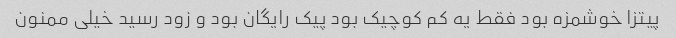
پیتزا خوشمزه بود فقط یه کم کوچیک بود پیک رایگان بود و زود رسید خیلی ممنون